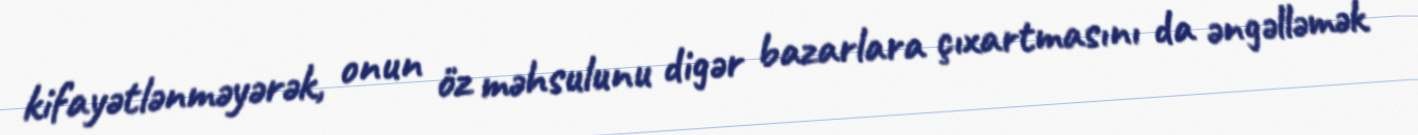
kifayətlənməyərək, onun öz məhsulunu digər bazarlara çıxartmasını da əngəlləmək